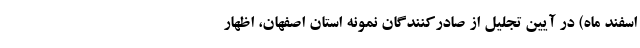
اسفند ماه) در آیین تجلیل از صادرکنندگان نمونه استان اصفهان، اظهار